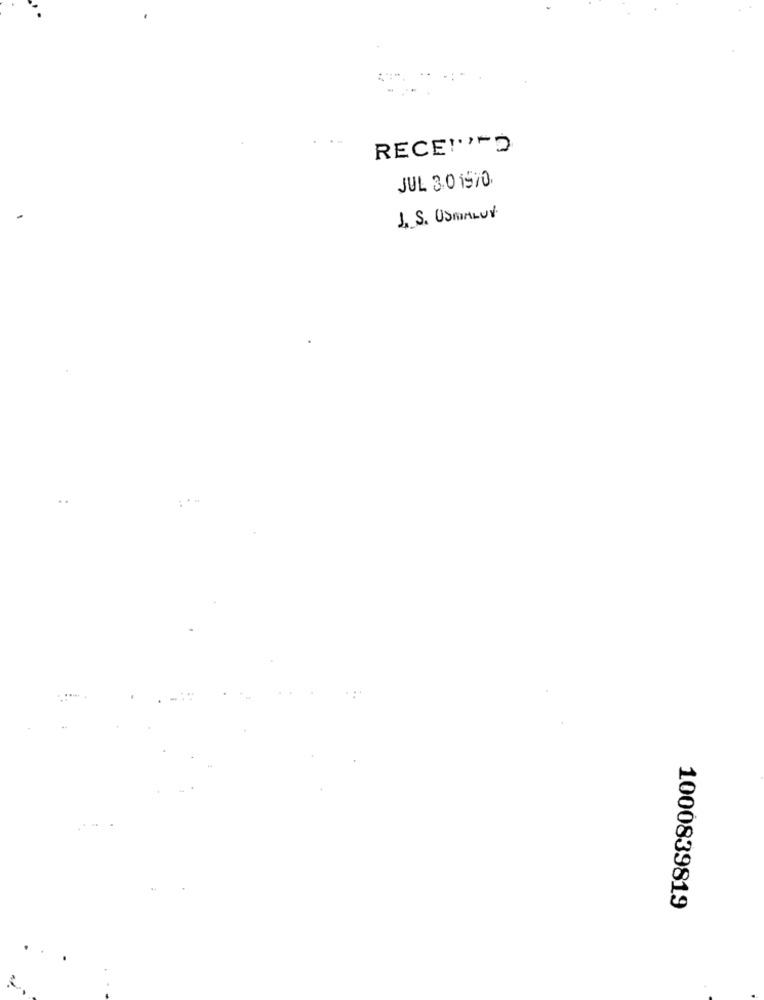
RECEIVED
JUL 3.0 1970
J. S. OSMALUY
. .
...
1000839819